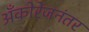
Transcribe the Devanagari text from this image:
अँकोरेजनंतर